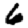
Digit: 6